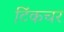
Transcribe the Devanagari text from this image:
टिंकचर